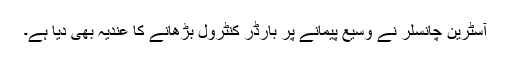
آسٹرين چانسلر نے وسيع پيمانے پر بارڈر کنٹرول بڑھانے کا عنديہ بھی ديا ہے۔